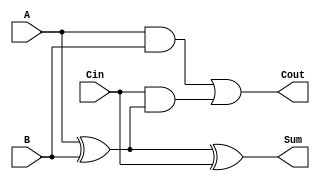
module FullAdder (
    input wire A,      // First binary input
    input wire B,      // Second binary input
    input wire Cin,    // Carry-in input
    output wire Sum,   // Sum output
    output wire Cout   // Carry-out output
);

// Internal signals
wire A_xor_B;

// Calculate the Sum using XOR
assign A_xor_B = A ^ B;       // A XOR B
assign Sum = A_xor_B ^ Cin;   // (A XOR B) XOR Cin

// Calculate the Carry-out using AND and OR
assign Cout = (A & B) | (Cin & A_xor_B); // (A AND B) OR (Cin AND (A XOR B))

endmodule